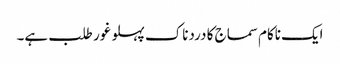
ایک ناکام سماج کا دردناک پہلو غور طلب ہے۔